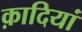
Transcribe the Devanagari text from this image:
क़ादियां